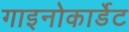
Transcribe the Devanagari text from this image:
गाइनोकार्डेट